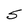
Character: S